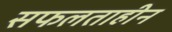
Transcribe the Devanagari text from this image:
सफलताहीन